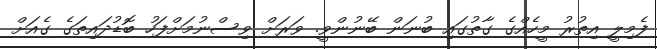
ފެމިލީ އިތުރު މީހެއްގެ ގާތުގައި ބުނަން ބޭނުންވީ. ވަރަށް ވިސްނުމަށްފަހު ބޮޑުދައިތަގެ ގެއަށް